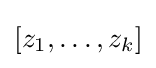
[z_{1},\ldots ,z_{k}]